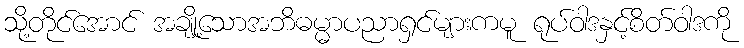
သို့တိုင်အောင် အချို့သောအဘိဓမ္မာပညာရှင်များကမူ ရုပ်ဝါဒနှင့်စိတ်ဝါဒကို